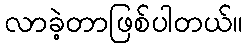
လာခဲ့တာဖြစ်ပါတယ်။